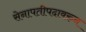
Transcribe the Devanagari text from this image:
सेनापतीपदावरुन